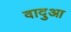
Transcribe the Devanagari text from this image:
वादुआ